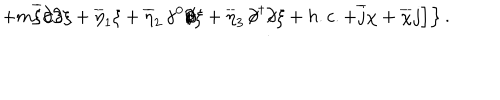
LaTeX: \left. \left. + m \overline { { { \xi } } } \partial \! \! \! / \partial \! \! \! / \xi + \overline { { { \eta } } } _ { 1 } \xi + \overline { { { \eta } } } _ { 2 } \, \gamma ^ { 0 } \partial \! \! \! / \xi + \overline { { { \eta } } } _ { 3 } \, \partial \! \! \! / ^ { \dagger } \partial \! \! \! / \xi + h . c . + \overline { { { j } } } \chi + \overline { { { \chi } } } j \right] \right\} .